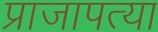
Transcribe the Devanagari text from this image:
प्राजापत्या